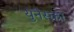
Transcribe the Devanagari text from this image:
युनेस्‍को